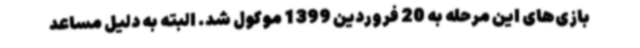
بازی‌های این مرحله به 20 فروردین 1399 موکول شد. البته به دلیل مساعد